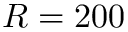
R = 2 0 0